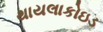
થાયલાકોઇડ